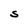
Character: S